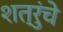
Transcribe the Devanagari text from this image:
शत्रुंचे